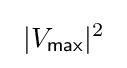
\ |V_{\mathsf {max}}|^{2}\